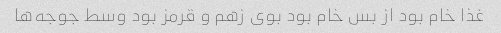
غذا خام بود از بس خام بود بوی زهم و قرمز بود وسط جوجه‌ها